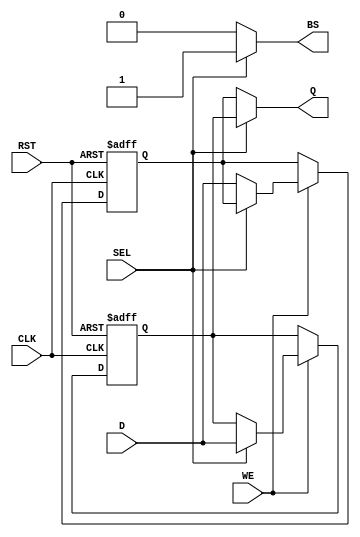
module double_buffer_register (
    input wire [7:0] D,        // Data In
    input wire WE,             // Write Enable
    input wire CLK,            // Clock
    input wire SEL,            // Select
    input wire RST,            // Reset (optional)
    output reg [7:0] Q,        // Data Out
    output reg BS              // Buffer Status
);

    // Internal registers for the two buffers
    reg [7:0] buffer0;
    reg [7:0] buffer1;

    // Asynchronous reset
    always @(posedge CLK or posedge RST) begin
        if (RST) begin
            buffer0 <= 8'b0;   // Initialize Buffer 0 to 0
            buffer1 <= 8'b0;   // Initialize Buffer 1 to 0
        end else begin
            // Write Logic
            if (WE) begin
                if (SEL) begin
                    buffer1 <= D; // Write to Buffer 1
                end else begin
                    buffer0 <= D; // Write to Buffer 0
                end
            end
        end
    end

    // Read Logic
    always @(*) begin
        if (SEL) begin
            Q = buffer1; // Read from Buffer 1
            BS = 1'b1;   // Buffer Status: Buffer 1 active
        end else begin
            Q = buffer0; // Read from Buffer 0
            BS = 1'b0;   // Buffer Status: Buffer 0 active
        end
    end

endmodule